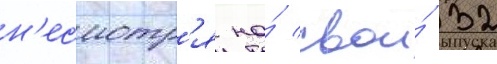
н'есмотр'я на́ свои́ 32